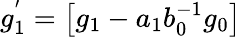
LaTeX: g_{1}^{'}=\left[g_{1}-a_{1}b_{0}^{-1}g_{0}\right]